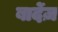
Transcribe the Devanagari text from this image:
बार्देज़